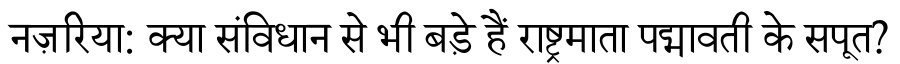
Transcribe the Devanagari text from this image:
नज़रिया: क्या संविधान से भी बड़े हैं राष्ट्रमाता पद्मावती के सपूत?